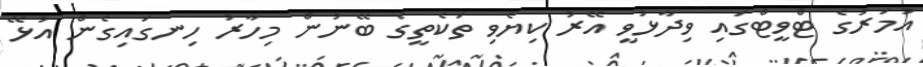
އުމަރުގެ ޓްވީޓްގައި ވިދާޅުވީ އޭރު ކިޔެވި ތަކެތީގެ ބޭނުން މިހާރު ހިނގައިގެން އުޅޭ